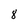
Character: 8